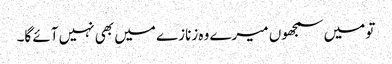
تو میں سمجھوں میرے وہ زنازے میں بھی نہیں آئے گا۔